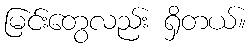
မြင်းတွေလည်း ရှိတယ်။